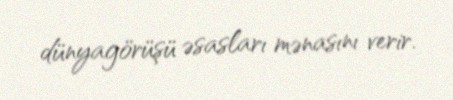
dünyagörüşü əsasları mənasını verir.